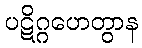
ပဋိဂ္ဂဟေတွာန